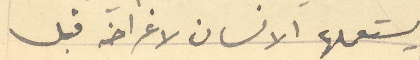
يستعملها الانسان لاغراضه قبل